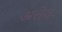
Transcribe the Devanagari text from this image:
अत्तेव